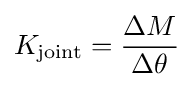
K_{\text{joint}}={\frac {\Delta M}{\Delta \theta }}